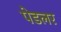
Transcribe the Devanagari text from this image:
पेडलर